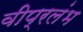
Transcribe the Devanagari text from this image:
वीप्रलंभ